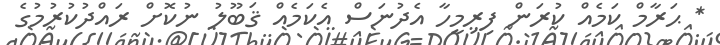
* ޙަރާމް ކަމެއް ކުރަން ފިރިމީހާ އެދުނަސް އެކަމެއް ޤަބޫލު ނުކޮށް ރައްދުކުރުމުގެ